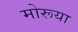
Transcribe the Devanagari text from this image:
मोरूया